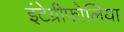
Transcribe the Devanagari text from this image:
इंटेग्रीफोलिया